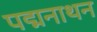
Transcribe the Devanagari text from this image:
पद्मनाथन